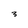
Character: 3